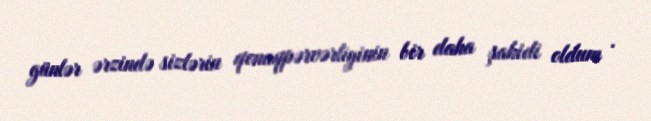
günlər ərzində sizlərin qonaqpərvərliyinin bir daha şahidi oldum .